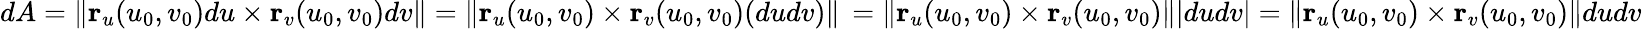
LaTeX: dA=\| \mathbf r_{u}(u_{0},v_{0})du\times\mathbf r_{v}(u_{0},v_{0})dv\| =\| \mathbf r_{u}(u_{0},v_{0})\times\mathbf r_{v}(u_{0},v_{0})(dudv)\| \, =\| \mathbf r_{u}(u_{0},v_{0})\times\mathbf r_{v}(u_{0},v_{0})\| |dudv|=\| \mathbf r_{u}(u_{0},v_{0})\times\mathbf r_{v}(u_{0},v_{0})\| dudv